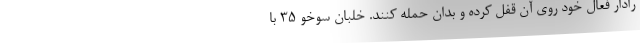
رادار فعال خود روی آن قفل کرده و بدان حمله کنند. خلبان سوخو ۳۵ با